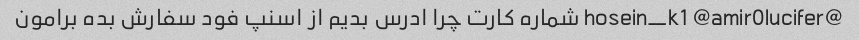
@hosein_k1 @amir0lucifer شماره کارت چرا ادرس بدیم از اسنپ فود سفارش بده برامون